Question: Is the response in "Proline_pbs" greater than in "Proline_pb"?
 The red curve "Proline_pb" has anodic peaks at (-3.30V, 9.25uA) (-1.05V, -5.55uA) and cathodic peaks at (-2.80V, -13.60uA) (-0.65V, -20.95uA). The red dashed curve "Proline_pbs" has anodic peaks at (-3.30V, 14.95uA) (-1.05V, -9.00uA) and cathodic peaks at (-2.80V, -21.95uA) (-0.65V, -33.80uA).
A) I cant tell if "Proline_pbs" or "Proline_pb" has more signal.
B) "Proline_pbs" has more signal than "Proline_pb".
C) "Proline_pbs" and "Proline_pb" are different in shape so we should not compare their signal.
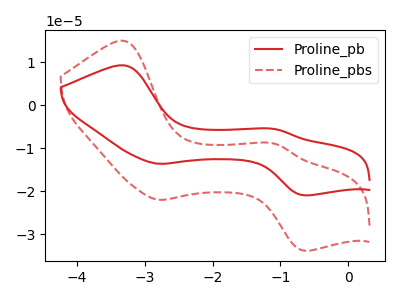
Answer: <think>All the peaks in "Proline_pbs" have a peak in "Proline_pb" at the same potential.
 </think>
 <answer>A) I cant tell if "Proline_pbs" or "Proline_pb" has more signal.</answer>
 <eval>A</eval>